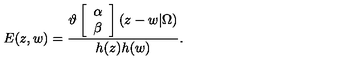
E ( z , w ) = \frac { \vartheta \left[ \begin{array} { c } { \alpha } \\ { \beta } \\ \end{array} \right] ( z - w | \Omega ) } { h ( z ) h ( w ) } .